Calcutta medical institutions reports 1871-78
Year: 1871
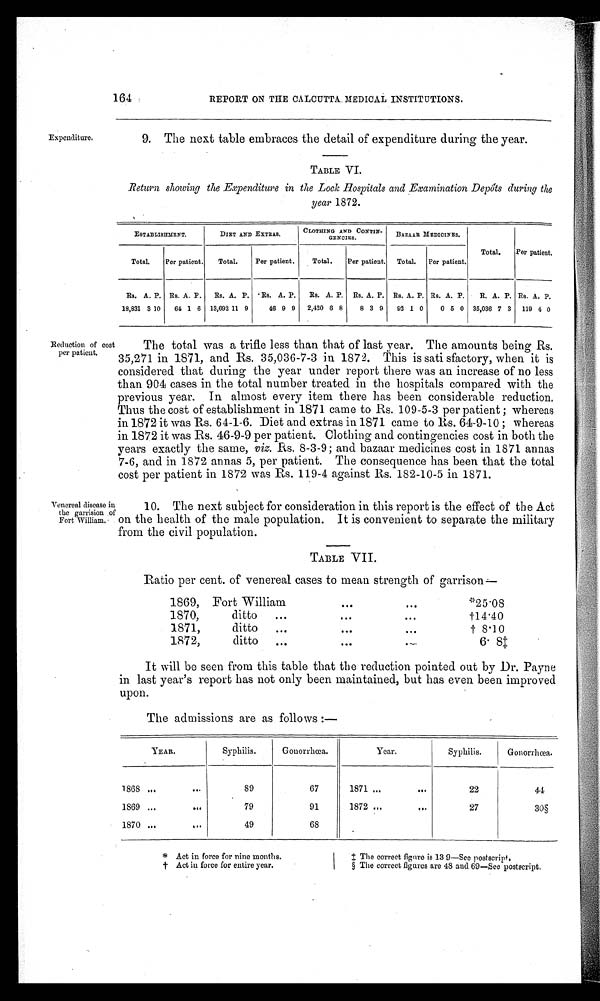
Expenditure.
164
REPORT ON THE CALCUTTA. MEDICAL INSTITUTIONS.
9. The next table embraces the detail of expenditure during the year.
TABLE VI.
Return showing the Expenditure in the Lock Hospitals and Examination Depots during the
year 1872.
ESTABLISHMENT.
DIET AND EXTRAS.
CLOTHING AND CONTIN-
GENCIES.
n
BAZAAR MEDICINES.
Total.
Per patient.
Total.
Per patient.
Total.
Per patient.
Total.
Per patient.
Total.
Per patient.
Rs. A. P. Rs. A. P.
Rs. A. P. • Rs. A. P.
Rs. A, P. Rs. A. P. Rs. A. P. Re. A. P.
R. A. P. Rs. A. P.
18,831 3 10
64 1 6 13,692 11 9
46 9 9
2,420 6 8
8 3 9
92 1 0
0 5 0 35,036 7 3
119 4 0
Reduction of cost
per patient.
Venereal disease it
the garrision
Fort William.
The total was a trifle less than that of last year. The amounts being Rs.
35,271 in 1871, and Rs. 35,036-7-3 in 1872. This is sati sfactory, when it is
considered that during the year under report there was an increase of no less
than 904 cases in the total number treated in the hospitals compared with the
previous year. In almost every item there has been considerable reduction.
Thus the cost of establishment in 1871 came to Rs. 109-5-3 per patient ; whereas
in 1872 it was Rs. 64-1-6. Diet and extras in 1871 came to Rs. 64-9-10 ; whereas
in 1872 it was Rs. 46-9-9 per patient. Clothing and contingencies cost in both the
years exactly the same, viz. Rs. 8-3-9; and bazaar medicines cost in 1871 annas
7-6, and in 1872 annas 5, per patient. The consequence has been that the total
cost per patient in 1872 was Rs. 119-4 against Rs. 182-10-5 in 1871.
10. The next subject for consideration in this report is the effect of the Act
on the health of the male population. It is convenient to separate the military
from the civil population.
TABLE VII.
Ratio per cent. of venereal cases to mean strength of garrison--
1869, Fort William
••.
e••
*25.08
1870,
ditto
...
...
•••
I-1410
1871,
ditto
...
•••
6•0
t 8.10
1872,
ditto ...
I••
•+a,
6' 81:
.
It will be seen from this table that the reduction pointed out by Dr. Payne
in last year's report has not only been maintained, but has even been improved
upon.
The admissions are as follows
YEAR.
Syphilis.
Gouorrhcca.
Year.
Syphilis.
Gonorrhoea.
1868 ...
•.•
89
67
1871 ...
...
22
41
1369 ...
1.44
.
79
91
1872 ...
11.
27
3O
1370 ...
...
49
63
Act in force for nine months.
The correct figure is 13 9—See postscript.
t Act iu force for entire year.
§ The correct figures are 48 and 69—See postscript.